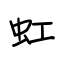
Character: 虹